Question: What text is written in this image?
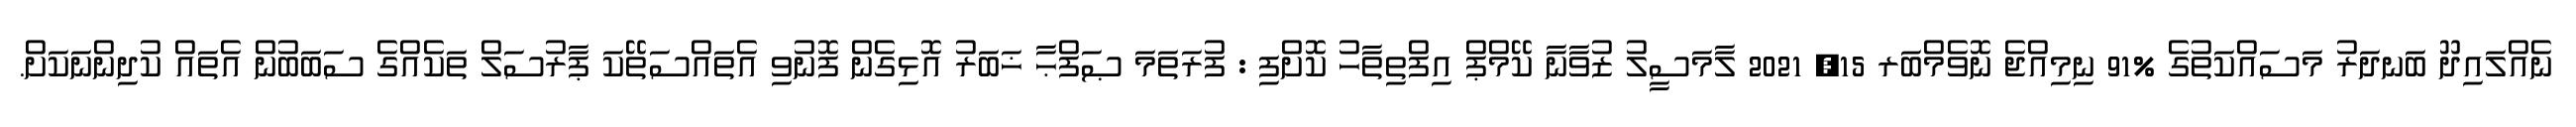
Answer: ނެއްލައިދޫ ބަނދަރު މަސައްކަތުގެ %91 ނިމިއްޖެ ނޮވެމްބަރ 15, 2021 ލާމަސީލު ޒުވާނާ ކޭމްޕް އިފްތިތާހު ކޮށްފި : ފުރަތަމަ ޞަފްޙާ ޚަބަރު އޮޅިގެން ފޮނުވި އެތައްސަތޭކަ ޕާރުސަލް ތަކެއްގެ ސަބަބުން އެތައް ކުދިންނަކަށް.